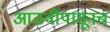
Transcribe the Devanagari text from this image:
आठवीपासूनच